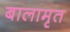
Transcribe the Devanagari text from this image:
बालामृत